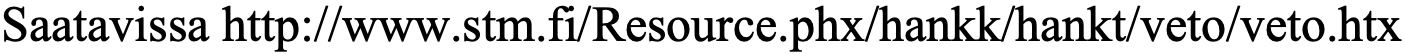
Saatavissa http://www.stm.fi/Resource.phx/hankk/hankt/veto/veto.htx